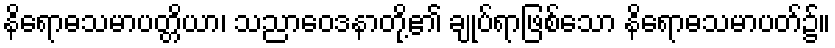
နိရောဓသမာပတ္တိယာ၊ သညာဝေဒနာတို့၏ ချုပ်ရာဖြစ်သော နိရောဓသမာပတ်၌။